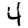
Digit: 4